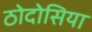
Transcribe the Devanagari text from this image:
ठोदोसिया